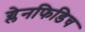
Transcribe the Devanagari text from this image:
ग्लेनफिडिच